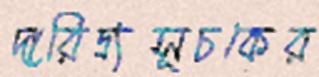
দারিদ্র্যসূচকের